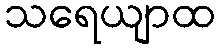
သရေယျာထ